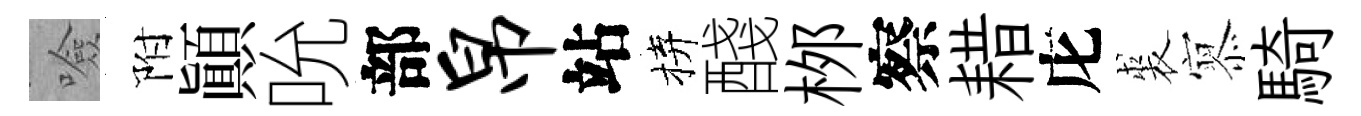
噞附顚吮部帛站拚醆桞察耤庀裘𡪹騎